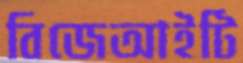
বিজেআইটি